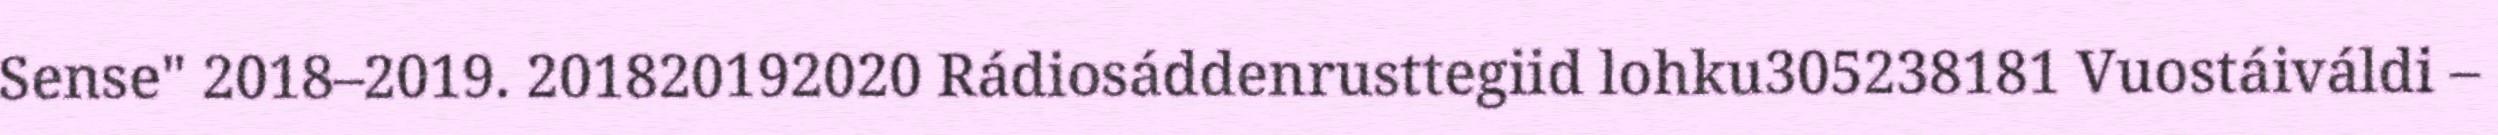
Sense" 2018–2019. 201820192020 Rádiosáddenrusttegiid lohku305238181 Vuostáiváldi –